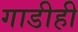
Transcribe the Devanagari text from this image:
गाडीही